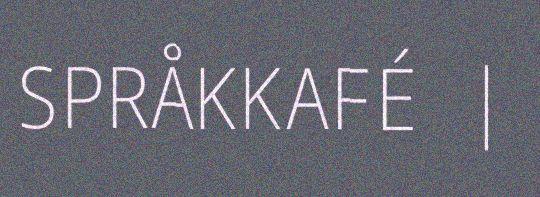
SPRÅKKAFÉ |